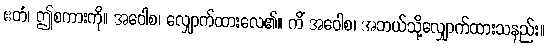
ဧတံ၊ ဤစကားကို။ အဝေါစ၊ လျှောက်ထားလေ၏။ ကိံ အဝေါစ၊ အဘယ်သို့လျှောက်ထားသနည်း။